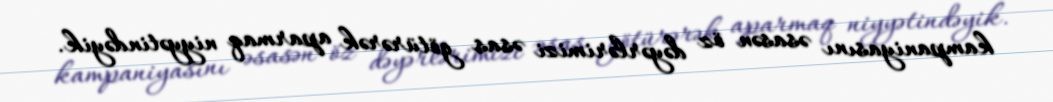
kampaniyasını əsasən öz dəyərlərimizi əsas götürərək aparmaq niyyətindəyik.